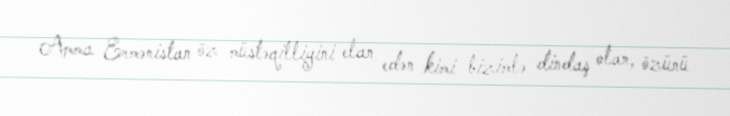
Amma Ermənistan öz müstəqilliyini elan edən kimi bizimlə dindaş olan, özünü